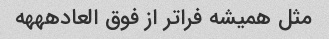
مثل همیشه فراتر از فوق العادهههه